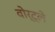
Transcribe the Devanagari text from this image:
वोर्ट्ले